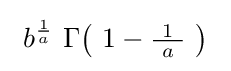
\ b^{\frac {1}{a}}\ \Gamma \!\left(\ 1-{\tfrac {\ 1\ }{a}}\ \right)\